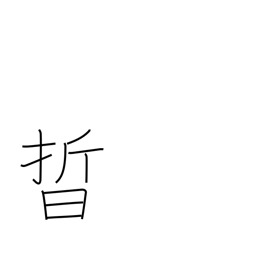
Meaning: light of stars